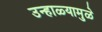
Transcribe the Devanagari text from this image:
उन्हाळ्यामुळे